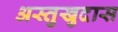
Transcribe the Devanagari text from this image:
अस्तुखुदास